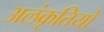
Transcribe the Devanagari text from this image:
अलंकृतियों